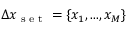
\Delta x _ { \textrm { s e t } } = \{ x _ { 1 } , . . . , x _ { M } \}